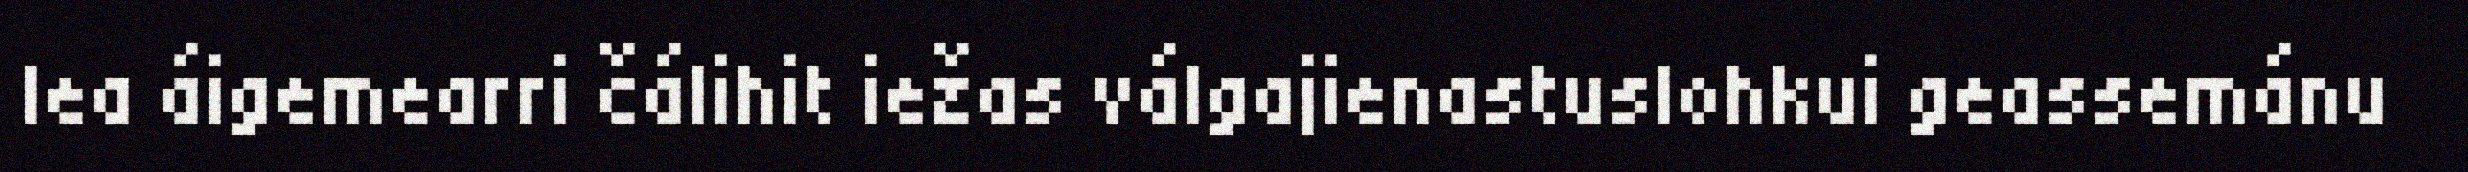
lea áigemearri čálihit iežas válgajienastuslohkui geassemánu